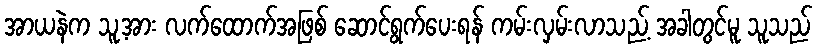
အာယနဲက သူ့အား လက်ထောက်အဖြစ် ဆောင်ရွက်ပေးရန် ကမ်းလှမ်းလာသည့် အခါတွင်မူ သူသည်